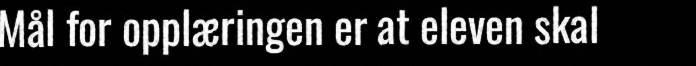
Mål for opplæringen er at eleven skal